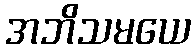
အဘိသမယေ